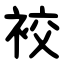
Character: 䘨